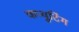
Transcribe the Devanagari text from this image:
कप्युटिंग